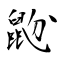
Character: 鼢